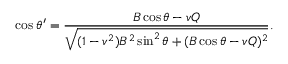
\cos \theta ^ { \prime } = \frac { B \cos \theta - v Q } { \sqrt { ( 1 - v ^ { 2 } ) B ^ { 2 } \sin ^ { 2 } \theta + ( B \cos \theta - v Q ) ^ { 2 } } } .